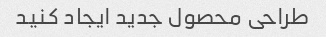
طراحی محصول جدید ایجاد کنید